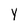
Character: y